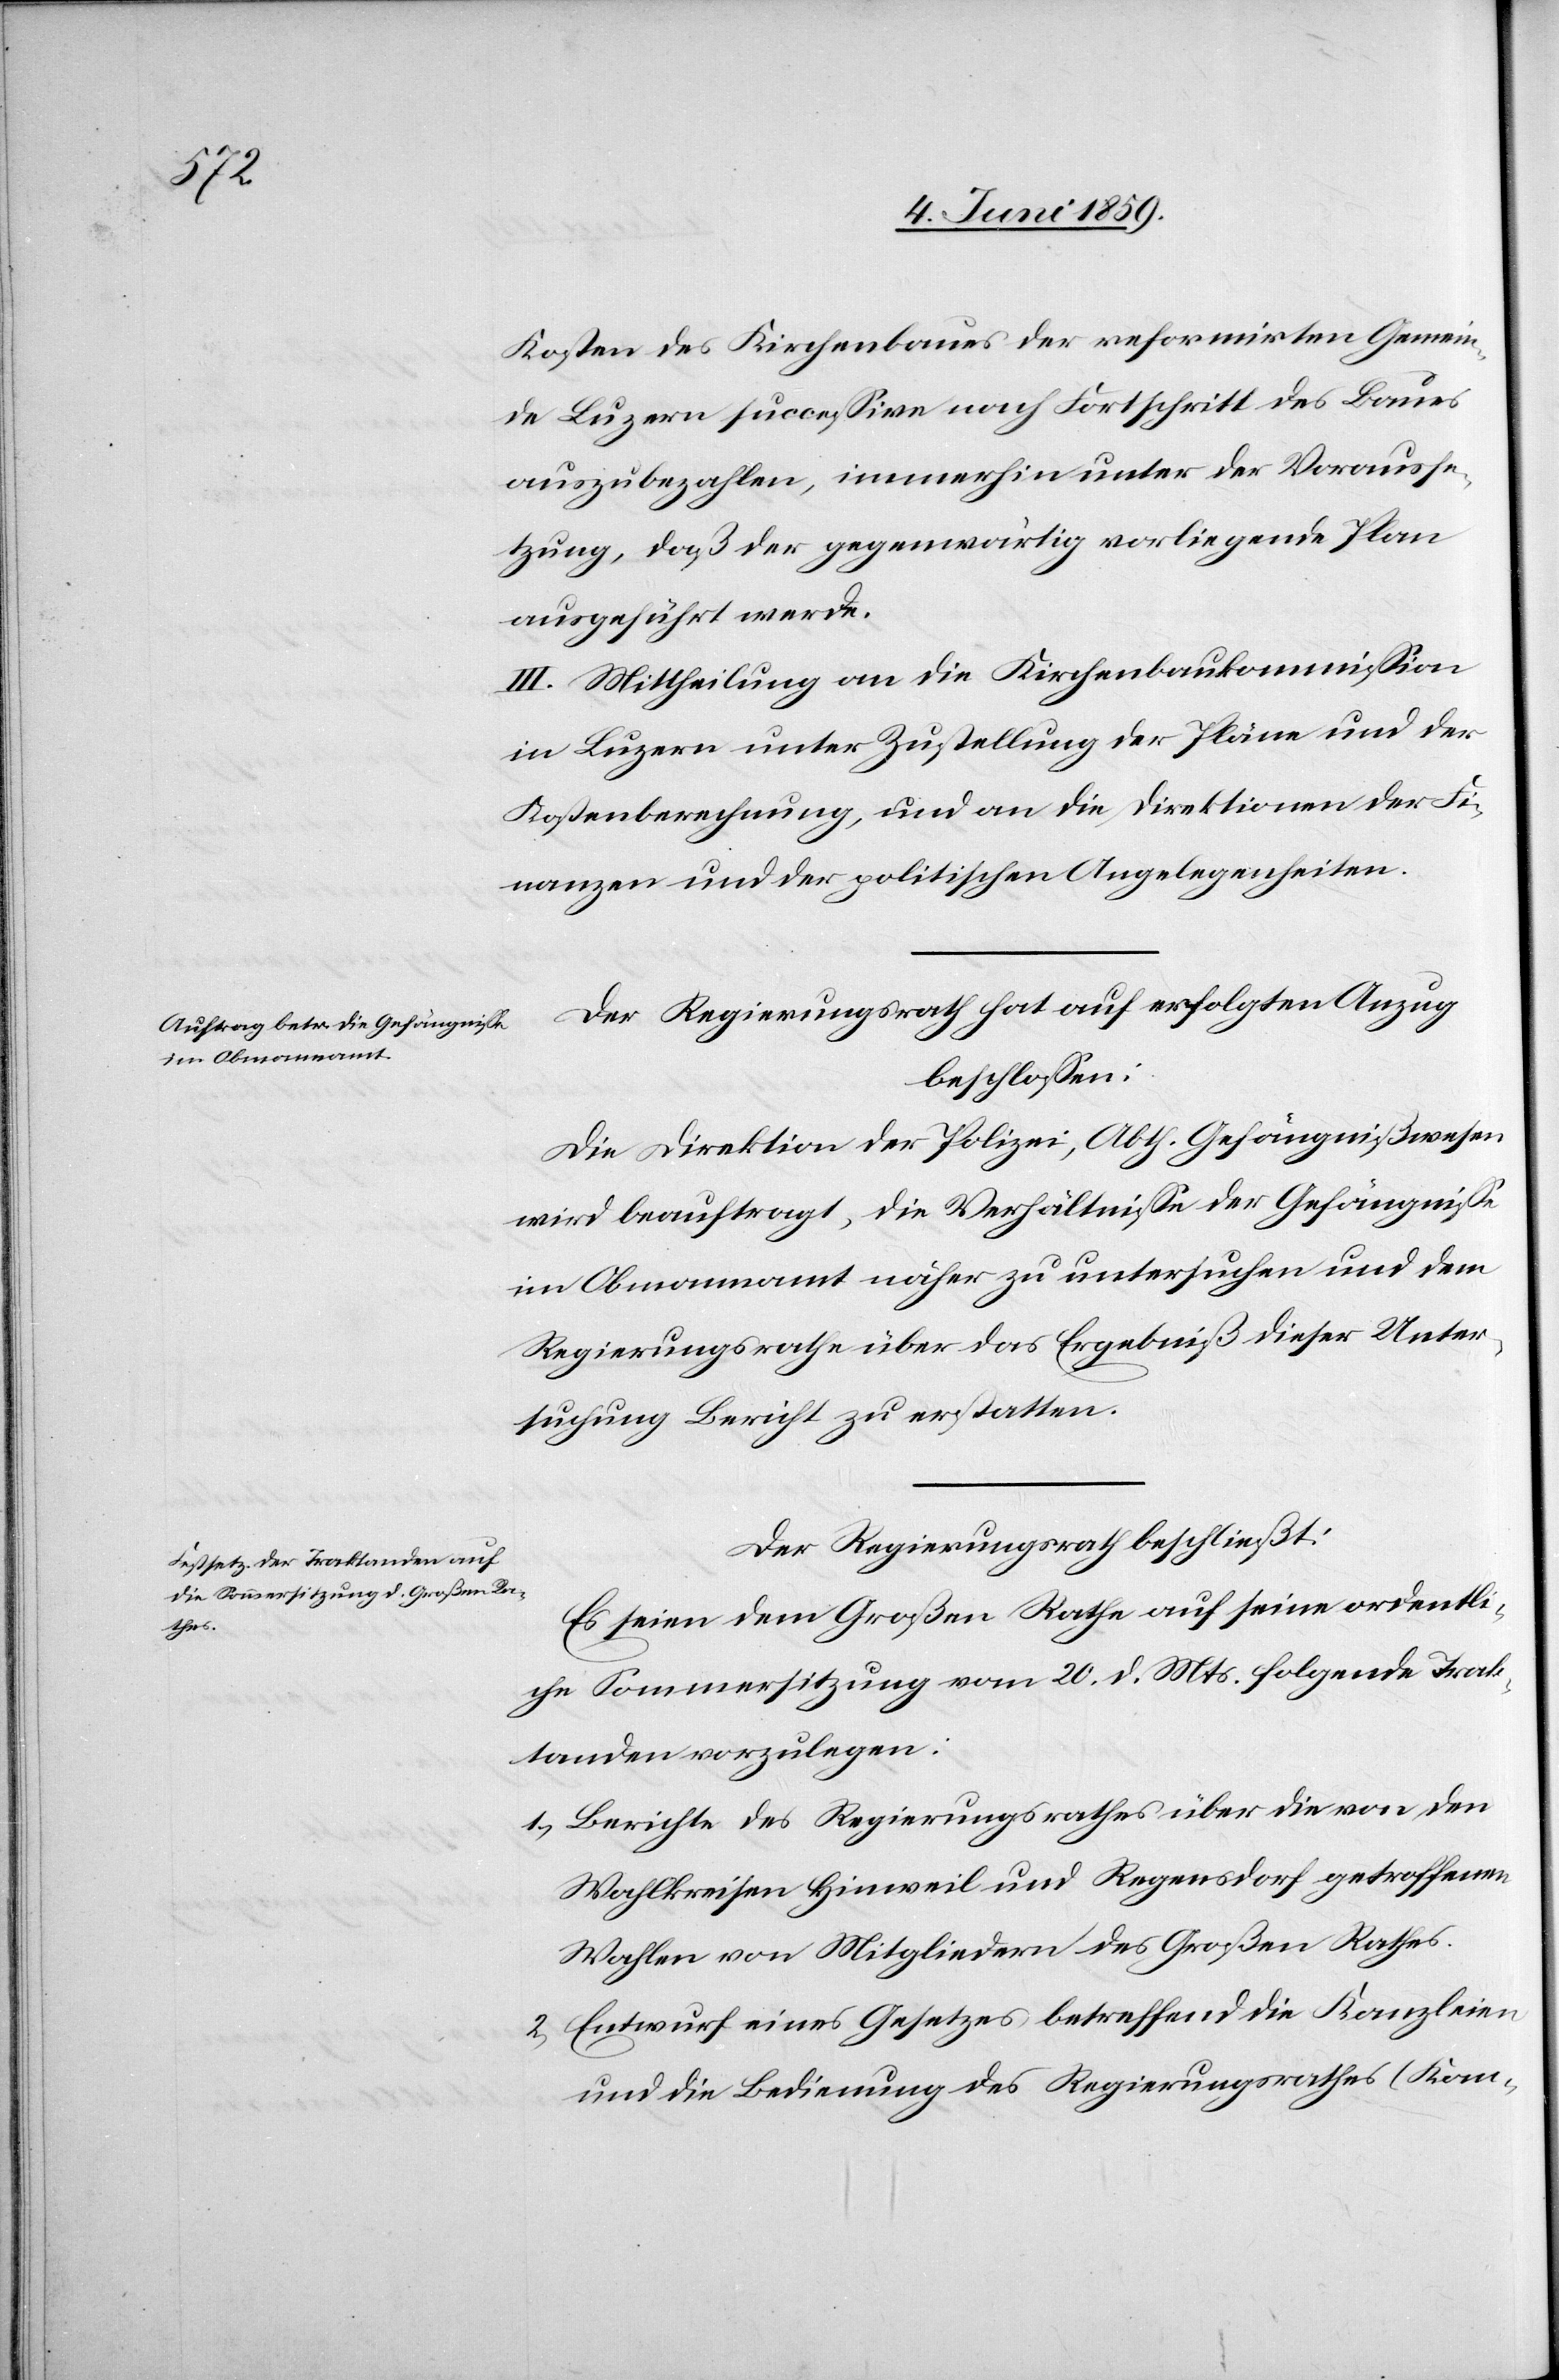
Kosten des Kirchenbaues der reformirten Gemein¬
de Luzern successive nach Fortschritt des Baues
auszubezahlen, immerhin unter der Vorausse¬
tzung, daß der gegenwärtig vorliegende Plan
ausgeführt werde.
III. Mittheilung an die Kirchenbaukommission
in Luzern unter Zustellung der Pläne und der
Kostenberechnung, und an die Direktionen der Fi¬
nanzen und der politischen Angelegenheiten.
Der Regierungsrath hat auf erfolgten Auszug
beschlossen:
Die Direktion der Polizei, Abth. Gefängnißwesen
wird beauftragt, die Verhältnisse der Gefängnisse
im Obmannamt näher zu untersuchen und dem
Regierungsrathe über das Ergebniß dieser Unter¬
suchung Bericht zu erstatten.
Der Regierungsrath beschließt:
Es seien dem Großen Rathe auf seine ordentli¬
che Sommersitzung vom 20. d. Mts. folgende Trak¬
tanden vorzulegen:
1) Berichte des Regierungsrathes über die von den
Wahlkreisen Hinwil und Regensdorf getroffenen
Wahlen von Mitgliedern des Großen Rathes.
2) Entwurf eines Gesetzes betreffend die Kanzleien
und die Bedienung des Regierungsrathes (Kom-